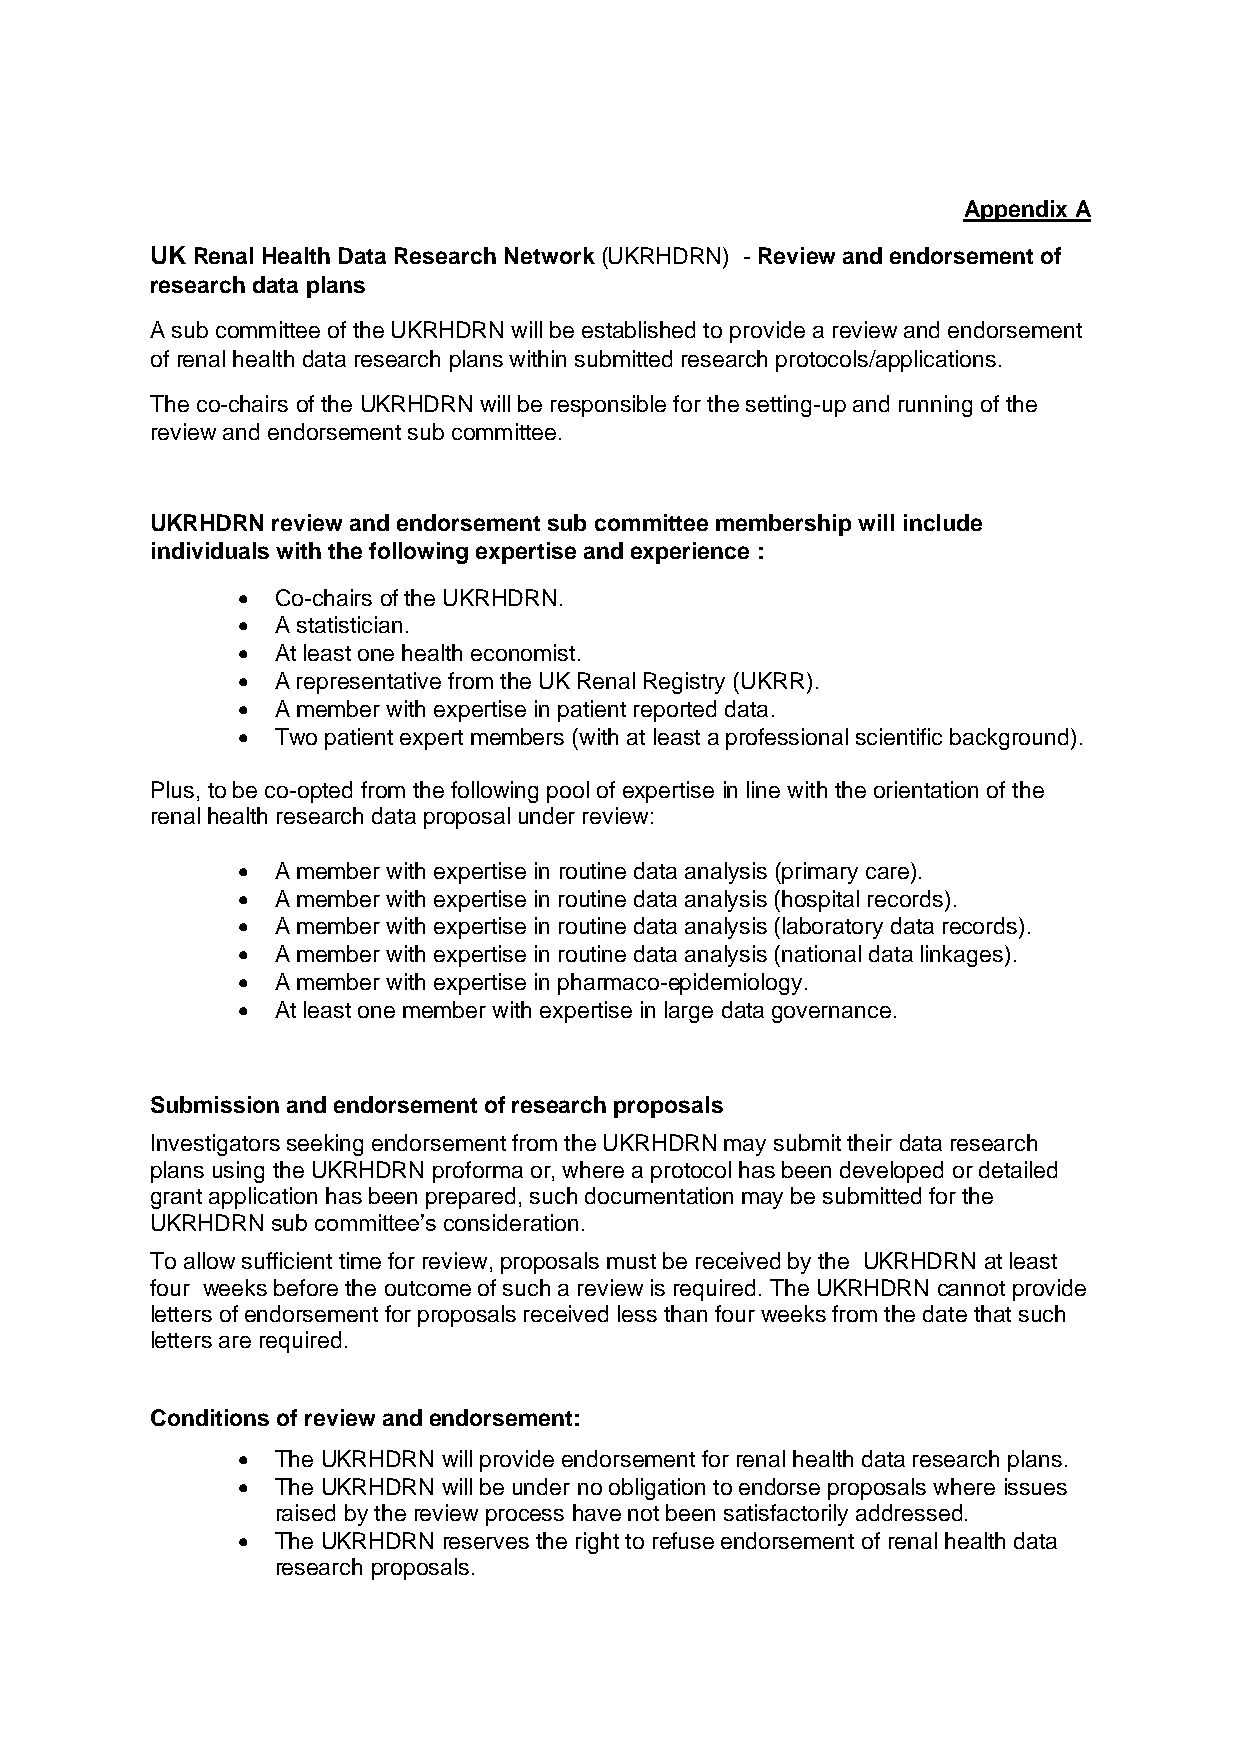
Appendix A
 UK Renal Health Data Research Network (UKRHDRN) - Review and endorsement of
 research data plans
 A sub committee of the UKRHDRN will be established to provide a review and endorsement
 of renal health data research plans within submitted research protocols/applications.
 The co-chairs of the UKRHDRN will be responsible for the setting-up and running of the
 review and endorsement sub committee.
 UKRHDRN review and endorsement sub committee membership will include
 individuals with the following expertise and experience :
 • Co-chairs of the UKRHDRN.
 • A statistician.
 • At least one health economist.
 • A representative from the UK Renal Registry (UKRR).
 • A member with expertise in patient reported data.
 • Two patient expert members (with at least a professional scientific background).
 Plus, to be co-opted from the following pool of expertise in line with the orientation of the
 renal health research data proposal under review:
 • A member with expertise in routine data analysis (primary care).
 • A member with expertise in routine data analysis (hospital records).
 • A member with expertise in routine data analysis (laboratory data records).
 • A member with expertise in routine data analysis (national data linkages).
 • A member with expertise in pharmaco-epidemiology.
 • At least one member with expertise in large data governance.
 Submission and endorsement of research proposals
 Investigators seeking endorsement from the UKRHDRN may submit their data research
 plans using the UKRHDRN proforma or, where a protocol has been developed or detailed
 grant application has been prepared, such documentation may be submitted for the
 UKRHDRN sub committee’s consideration.
 To allow sufficient time for review, proposals must be received by the UKRHDRN at least
 four weeks before the outcome of such a review is required. The UKRHDRN cannot provide
 letters of endorsement for proposals received less than four weeks from the date that such
 letters are required.
 Conditions of review and endorsement:
 • The UKRHDRN will provide endorsement for renal health data research plans.
 • The UKRHDRN will be under no obligation to endorse proposals where issues
 raised by the review process have not been satisfactorily addressed.
 • The UKRHDRN reserves the right to refuse endorsement of renal health data
 research proposals.